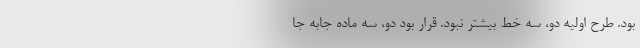
بود. طرح اولیه دو، سه خط بیشتر نبود. قرار بود دو، سه ماده جابه جا